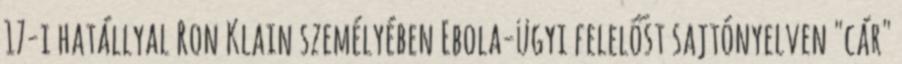
17-i hatállyal Ron Klain személyében Ebola-ügyi felelőst sajtónyelven "cár"